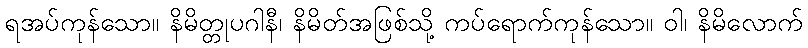
ရအပ်ကုန်သော။ နိမိတ္တုပဂါနီ၊ နိမိတ်အဖြစ်သို့ ကပ်ရောက်ကုန်သော။ ဝါ၊ နိမိလောက်